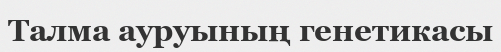
Талма ауруының генетикасы